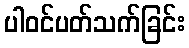
ပါဝင်ပတ်သက်ခြင်း